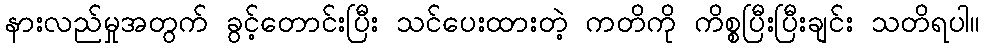
နားလည်မှုအတွက် ခွင့်တောင်းပြီး သင်ပေးထားတဲ့ ကတိကို ကိစ္စပြီးပြီးချင်း သတိရပါ။